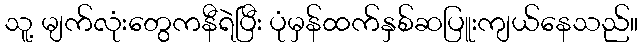
သူ့ မျက်လုံးတွေကနီရဲပြီး ပုံမှန်ထက်နှစ်ဆပြူးကျယ်နေသည်။